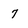
Character: 7